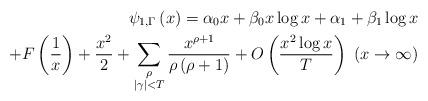
LaTeX: \begin{align*} \psi _{1,\Gamma }\left( x\right) =\alpha _{0}x+\beta _{0}x\log x+\alpha_{1}+\beta _{1}\log x \\+F\left( \frac{1}{x}\right)+\frac{x^{2}}{2}+\sum_{\substack{ \rho \\ \left\vert \gamma \right\vert <T}}\frac{x^{\rho +1}}{\rho \left( \rho+1\right) } +O\left( \frac{x^{2}\log x}{T}\right) \ \left( x\rightarrow \infty \right)\end{align*}